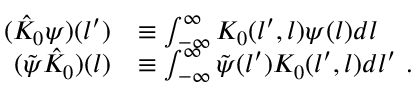
\begin{array} { r l } { ( \hat { K } _ { 0 } \psi ) ( l ^ { \prime } ) } & { \equiv \int _ { - \infty } ^ { \infty } K _ { 0 } ( l ^ { \prime } , l ) \psi ( l ) d l } \\ { ( \tilde { \psi } \hat { K } _ { 0 } ) ( l ) } & { \equiv \int _ { - \infty } ^ { \infty } \tilde { \psi } ( l ^ { \prime } ) K _ { 0 } ( l ^ { \prime } , l ) d l ^ { \prime } \ . } \end{array}